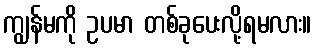
ကျွန်မကို ဥပမာ တစ်ခုပေးလို့ရမလား။